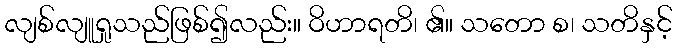
လျစ်လျူရှုသည်ဖြစ်၍လည်း။ ဝိဟာရတိ၊ ၏။ သတော စ၊ သတိနှင့်